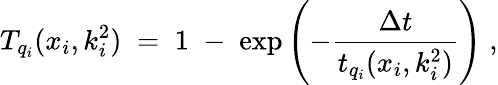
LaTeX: T_{q_{i}}(x_{i},k_{i}^{2})\; =\; 1\; -\; \exp\left(-\frac{\Delta t}{t_{q_{i}}(x_{i},k_{i}^{2})}\right)\; ,